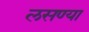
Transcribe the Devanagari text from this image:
लसण्या